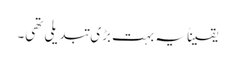
یقیناً یہ بہت بڑی تبدیلی تھی۔